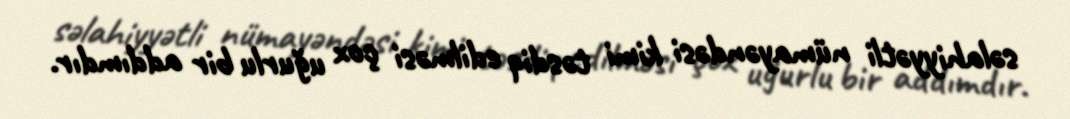
səlahiyyətli nümayəndəsi kimi təsdiq edilməsi çox uğurlu bir addımdır.